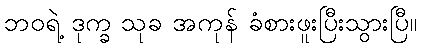
ဘဝရဲ့ ဒုက္ခ သုခ အကုန် ခံစားဖူးပြီးသွားပြီ။